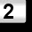
Digit: 2